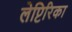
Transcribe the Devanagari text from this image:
लेप्टिरिका